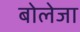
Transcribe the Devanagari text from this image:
बोलेजा